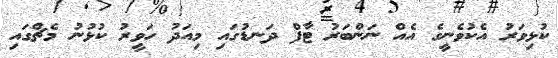
ކުޅިވަރު އެކުވެނީގެ އެއް ނަންބަރު ޓާފް ދަނޑުގައި މިއަދު ހަވީރު ކުޅުނު މެޗްގައި